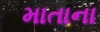
માતાના